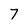
Character: 7